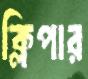
ক্লিপার